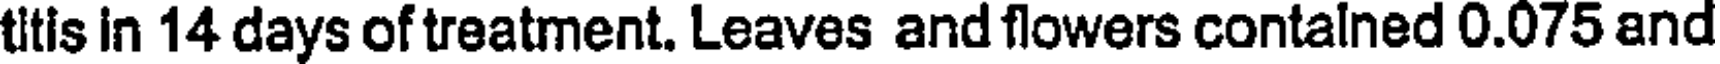
titis in 14 days of treatment. Leaves and flowers contalned 0.075 and